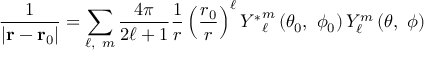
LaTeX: { \frac { 1 } { \left| \mathbf { r } - \mathbf { r } _ { 0 } \right| } } = \sum _ { \ell , \ m } { \frac { 4 \pi } { 2 \ell + 1 } } { \frac { 1 } { r } } \left( { \frac { r _ { 0 } } { r } } \right) ^ { \ell } { Y ^ { * } } _ { \ell } ^ { m } \left( \theta _ { 0 } , \ \phi _ { 0 } \right) Y _ { \ell } ^ { m } \left( \theta , \ \phi \right)